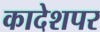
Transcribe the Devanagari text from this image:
कादेशपर